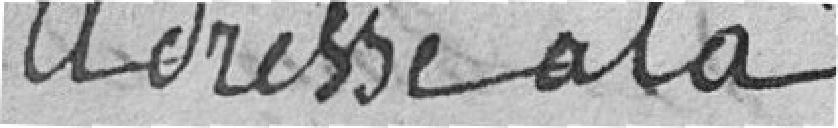
adresse à la